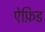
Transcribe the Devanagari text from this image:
ऐफ़िड